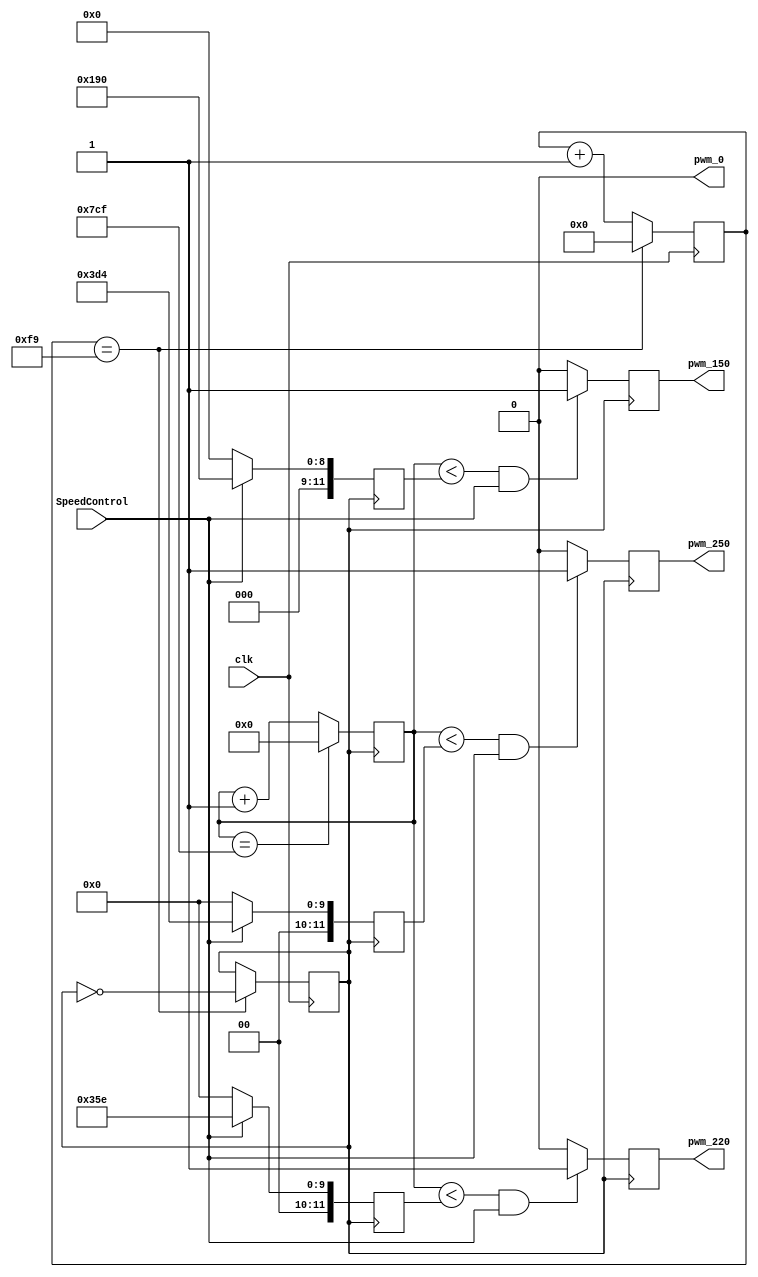
`timescale 1ns / 1ps
//////////////////////////////////////////////////////////////////////////////////
// Company: 
// Engineer: 
// 
// Design Name: 
// Module Name:    PWM 
// Project Name: 
// Target Devices: 
// Tool versions: 
// Description: 
//
// Dependencies: 
//
// Revision: 
// Revision 0.01 - File Created
// Additional Comments: 
//
//////////////////////////////////////////////////////////////////////////////////
module PWM(
	input clk,
	input SpeedControl,
	output pwm_250,
	output pwm_220,
	output pwm_150,
	output pwm_0
    );
	 
	reg [19:0] count_for_pwmclk=0;  //pwm_clk
	reg pwm_clk=0;                  //pwm_clk
	
	always @(posedge clk)   //clk50Mhz
	begin

        if(count_for_pwmclk == 20'b0000_0000_0000_1111_1010-1)
		  begin    // 0.01mspwm0.01ms 
            count_for_pwmclk <= 0;
            pwm_clk <= ~pwm_clk;   //
        end
        else
            count_for_pwmclk <= count_for_pwmclk + 1;
	end
	
	reg [11:0] count_pwm=0;
	reg [11:0] pwm_compare250_Ori=12'b0111_1010_1001;  //250PWM
	reg [11:0] pwm_compare220_Ori=12'b0110_1011_1101;  //220PWM
	reg [11:0] pwm_compare150_Ori=12'b0011_0010_0000;  //150PWM001111101000
	reg [11:0] pwm_compare250, pwm_compare220, pwm_compare150;

	reg pwm_flag250=0;  
	reg pwm_flag220=0;
	reg pwm_flag150=0;

	always @(posedge pwm_clk)    //pwm
	begin
	   case(SpeedControl)
		  1'b1:	  
		  begin
		    pwm_compare250 <= pwm_compare250_Ori / 2;
			 pwm_compare220 <= pwm_compare220_Ori / 2;
			 pwm_compare150 <= pwm_compare150_Ori / 2;
		  end
		  default: 
		  begin
		    pwm_compare250 <= 0;
			 pwm_compare220 <= 0;
			 pwm_compare150 <= 0;
		  end
		endcase
	
		count_pwm<=count_pwm+1;		

		if (count_pwm < pwm_compare250 && SpeedControl != 2'b00)   //250PWM
			pwm_flag250<=1;
			else
			pwm_flag250<=0;

		if (count_pwm < pwm_compare220 && SpeedControl != 2'b00)   //220PWM
			pwm_flag220<=1;
			else
			pwm_flag220<=0;
		
		if (count_pwm < pwm_compare150 && SpeedControl != 2'b00)   //150PWM
			pwm_flag150<=1;
			else
			pwm_flag150<=0;

		if (count_pwm == 12'b0111_1101_0000-1)  //0.01ms200020ms
			count_pwm<=0;

	end

assign pwm_250=pwm_flag250;   //pwm_flag
assign pwm_220=pwm_flag220;
assign pwm_150=pwm_flag150;
assign pwm_0=0;


endmodule